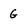
Character: G